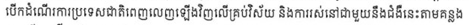
បើកដំណើរការប្រទេសជាតិពេញលេញឡើងវិញលើគ្រប់វិស័យ និងការរស់នៅជាមួយនឹងជំងឹនេះតាមគន្លង